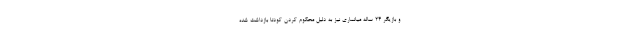
و بازیگر 24 ساله میانماری نیز به دلیل محکوم کردن کودتا بازداشت شده